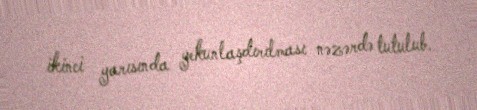
ikinci yarısında yekunlaşdırılması nəzərdə tutulub.